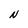
Character: N